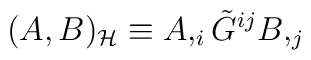
(A,B)_{\cal H}\equiv A,_i \tilde{G}^{ij}B,_j